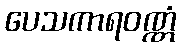
ပေသကာရဝဏ္ဏံ